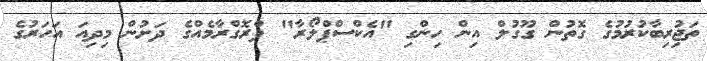
ތަޖުިރިބާކުރުމުގެ ގޮތުން ގޫގުލް އިން ހިންގި "އެކްސްޕްލޯރާ" ޕްރޮގްރާމެއްގެ ދަށުން މިދިއަ އަހަރުގެ